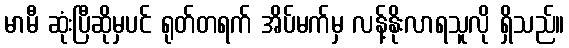
မာမီ ဆုံးပြီဆိုမှပင် ရုတ်တရက် အိပ်မက်မှ လန့်နိုးလာရသူလို ရှိသည်။